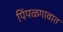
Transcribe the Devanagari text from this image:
पिंपळगावात